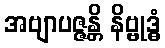
အဗျာပဇ္ဇန္တိ နိဗ္ဗုဒ္ဓံ